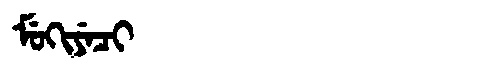
Manchu: ᠮᡠᡴᡳᠶᡝᠴᡳ
Romanization: MUKIYECI